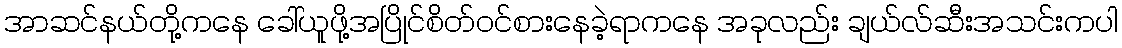
အာဆင်နယ်တို့ကနေ ခေါ်ယူဖို့အပြိုင်စိတ်ဝင်စားနေခဲ့ရာကနေ အခုလည်း ချယ်လ်ဆီးအသင်းကပါ